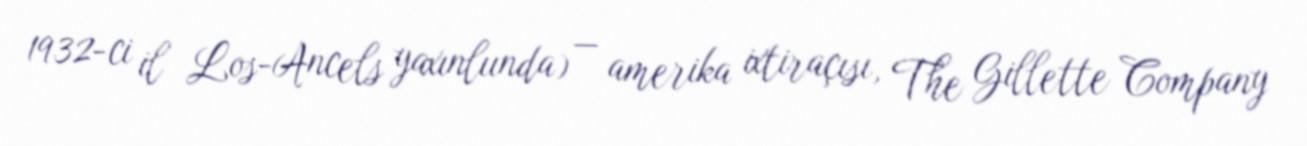
1932-ci il Los-Ancels yaxınlıında) — amerika ixtiraçısı, The Gillette Company